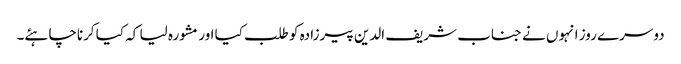
دوسرے روز انہوں نے جناب شریف الدین پیرزادہ کو طلب کیا اور مشورہ لیا کہ کیا کرناچاہئے۔